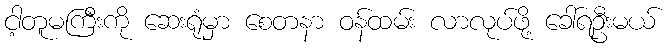
ငါ့တူမကြီးကို ဆေးရုံမှာ စေတနာ ဝန်ထမ်း လာလုပ်ဖို့ ခေါ်ရဦးမယ်